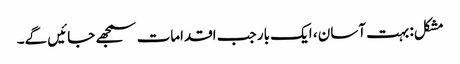
مشکل: بہت آسان ، ایک بار جب اقدامات سمجھے جائیں گے۔